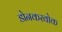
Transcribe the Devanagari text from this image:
डोनकरवोक